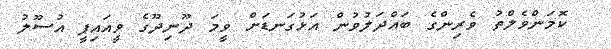
ކޮމަންވެލްތު ވެރިންގެ ބައްދަލުވުން އަޅުގަނޑަށް ވީމަ ދޫނިދޫގެ ވީއައިޕީ އުސޫލު